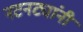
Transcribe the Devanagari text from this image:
नटनट्यांनी